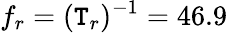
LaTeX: f_{r}=(\mathtt{T}_{r})^{-1}=46.9